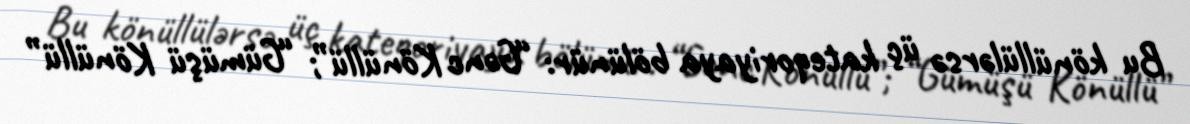
Bu könüllülərsə üç kateqoriyaya bölünür: “Gənc Könüllü”; “Gümüşü Könüllü”